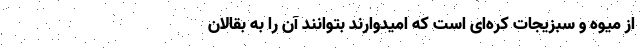
از میوه و سبزیجات کره‌ای است که امیدوارند بتوانند آن را به بقالان